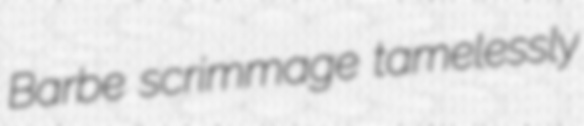
Barbe scrimmage tamelessly